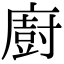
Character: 廚